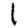
Digit: 1